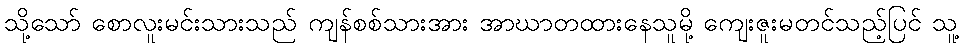
သို့သော် စောလူးမင်းသားသည် ကျန်စစ်သားအား အာဃာတထားနေသူမို့ ကျေးဇူးမတင်သည့်ပြင် သူ့